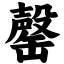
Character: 罄